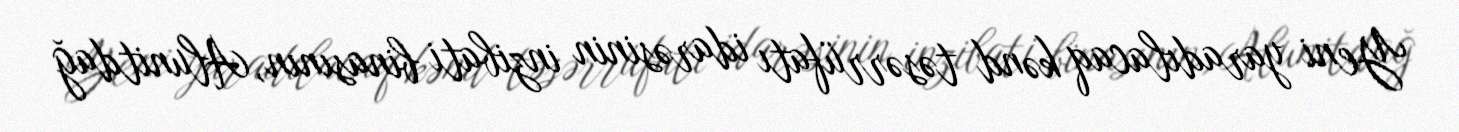
Yeni yaradılacaq kənd təsərrüfatı idarəsinin inzibati binasının, Alunitdağ